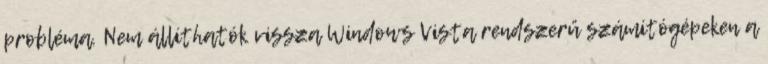
probléma. Nem állíthatók vissza Windows Vista rendszerű számítógépeken a